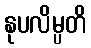
နုပလိမ္ပတိ